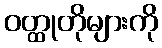
ဝတ္ထုတိုများကို